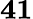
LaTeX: \mathbf{41}